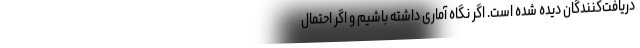
دریافت‌کنندگان دیده شده است. اگر نگاه آماری داشته باشیم و اگر احتمال